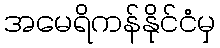
အမေရိကန်နိုင်ငံမှ